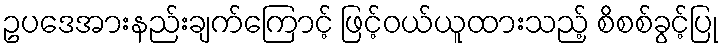
ဥပဒေအားနည်းချက်ကြောင့် ဖြင့်ဝယ်ယူထားသည့် စိစစ်ခွင့်ပြု